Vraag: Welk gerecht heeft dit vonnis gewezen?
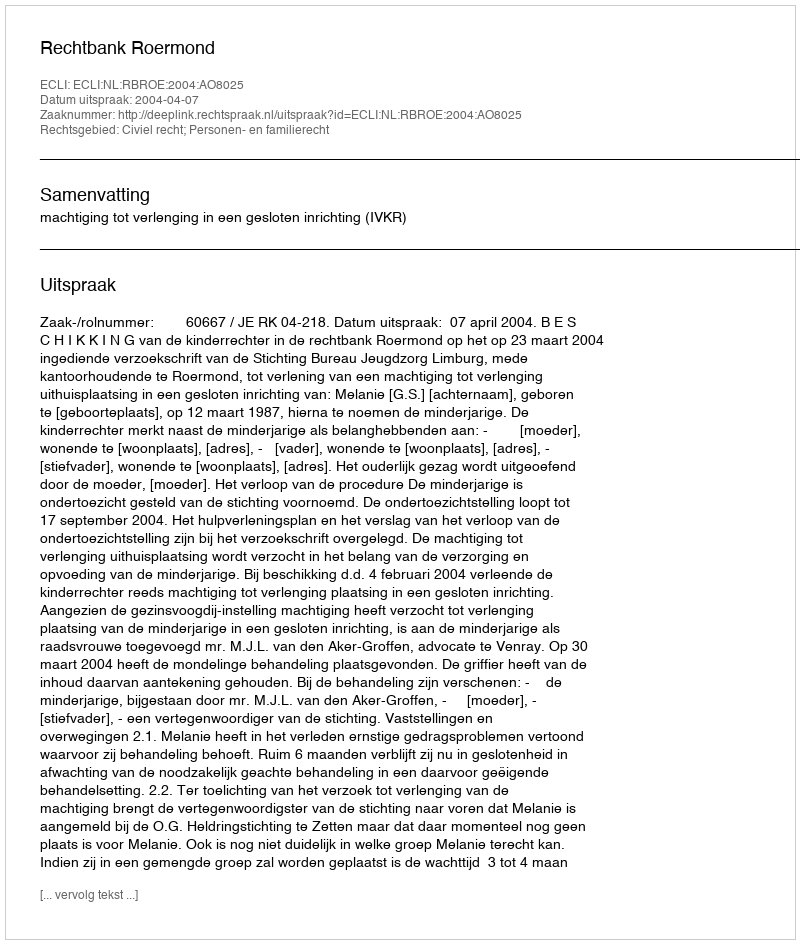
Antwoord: Rechtbank Roermond